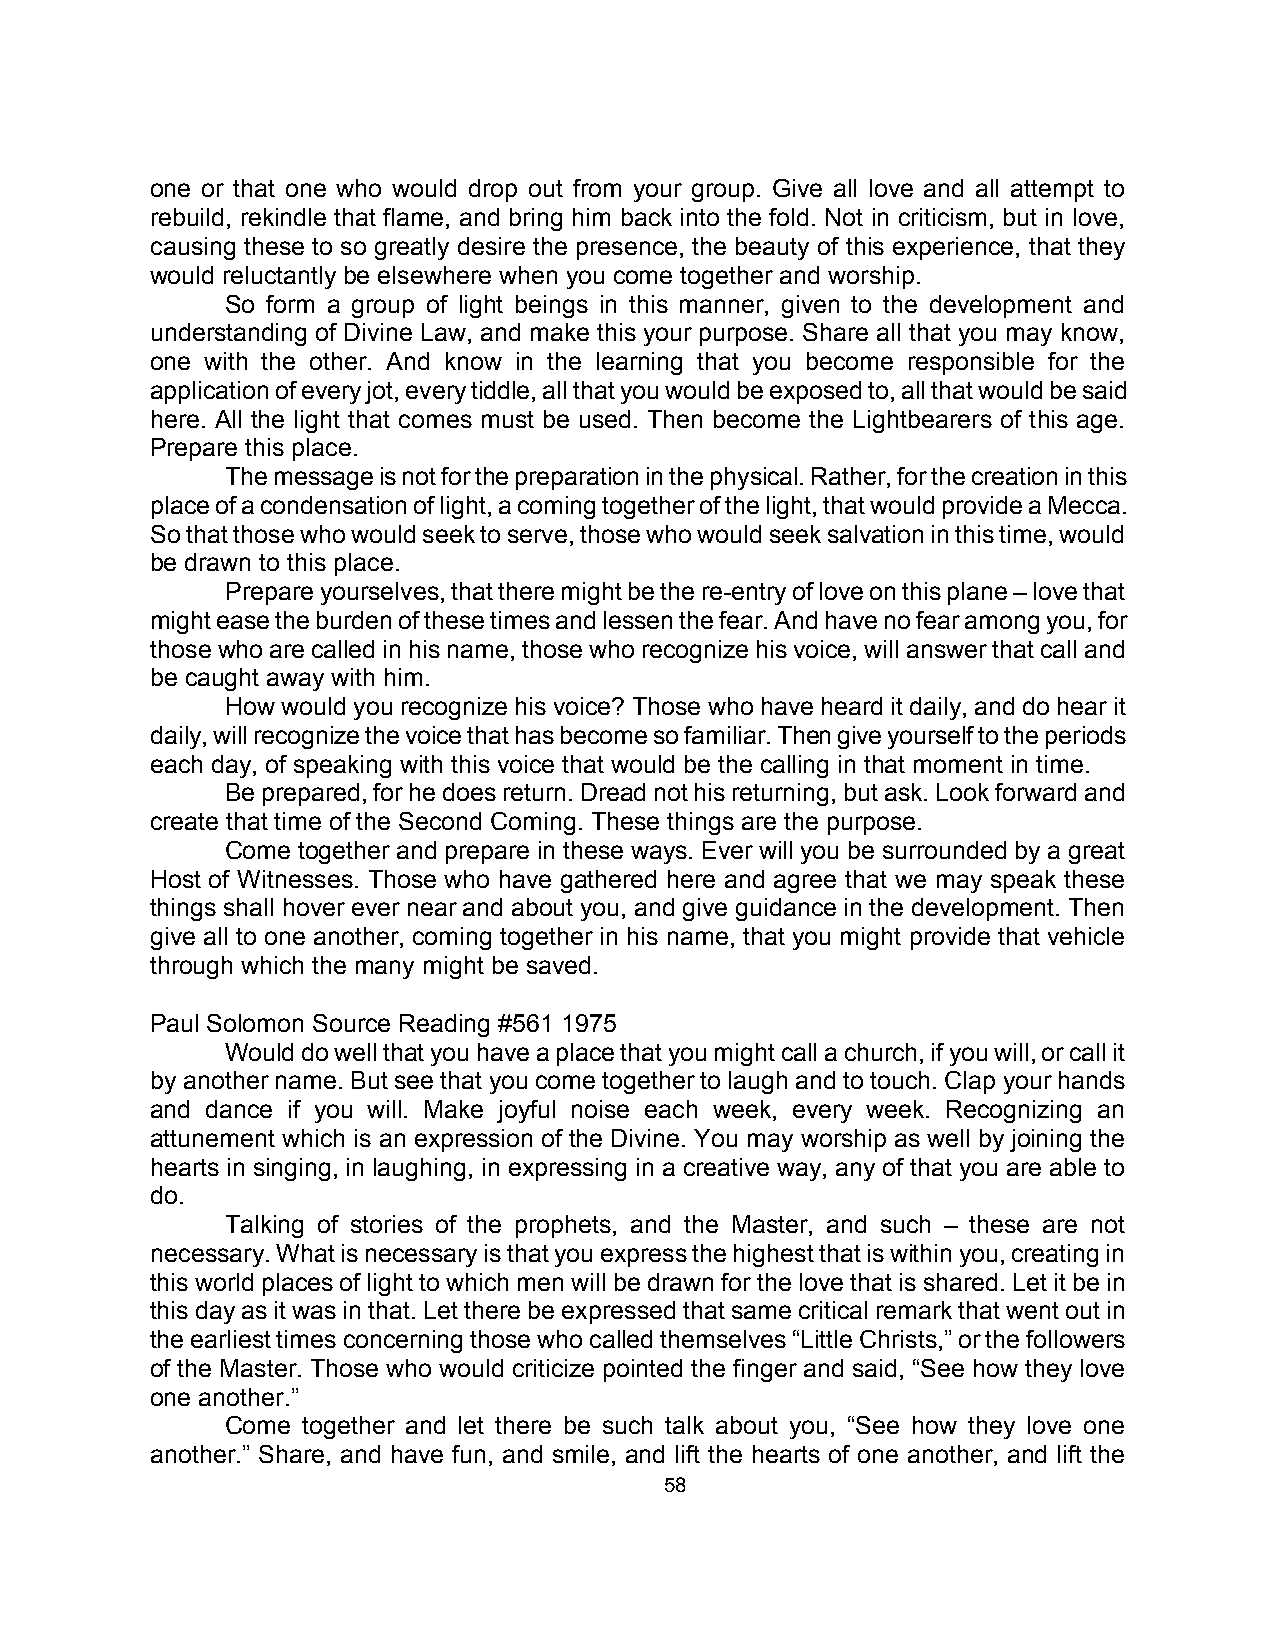
one or that one who would drop out from your group. Give all love and all attempt to
 rebuild, rekindle that flame, and bring him back into the fold. Not in criticism, but in love,
 causing these to so greatly desire the presence, the beauty of this experience, that they
 would reluctantly be elsewhere when you come together and worship.
 So form a group of light beings in this manner, given to the development and
 understanding of Divine Law, and make this your purpose. Share all that you may know,
 one with the other. And know in the learning that you become responsible for the
 application of every jot, every tiddle, all that you would be exposed to, all that would be said
 here. All the light that comes must be used. Then become the Lightbearers of this age.
 Prepare this place.
 The message is not for the preparation in the physical. Rather, for the creation in this
 place of a condensation of light, a coming together of the light, that would provide a Mecca.
 So that those who would seek to serve, those who would seek salvation in this time, would
 be drawn to this place.
 Prepare yourselves, that there might be the re-entry of love on this plane – love that
 might ease the burden of these times and lessen the fear. And have no fear among you, for
 those who are called in his name, those who recognize his voice, will answer that call and
 be caught away with him.
 How would you recognize his voice? Those who have heard it daily, and do hear it
 daily, will recognize the voice that has become so familiar. Then give yourself to the periods
 each day, of speaking with this voice that would be the calling in that moment in time.
 Be prepared, for he does return. Dread not his returning, but ask. Look forward and
 create that time of the Second Coming. These things are the purpose.
 Come together and prepare in these ways. Ever will you be surrounded by a great
 Host of Witnesses. Those who have gathered here and agree that we may speak these
 things shall hover ever near and about you, and give guidance in the development. Then
 give all to one another, coming together in his name, that you might provide that vehicle
 through which the many might be saved.
 Paul Solomon Source Reading #561 1975
 Would do well that you have a place that you might call a church, if you will, or call it
 by another name. But see that you come together to laugh and to touch. Clap your hands
 and dance if you will. Make joyful noise each week, every week. Recognizing an
 attunement which is an expression of the Divine. You may worship as well by joining the
 hearts in singing, in laughing, in expressing in a creative way, any of that you are able to
 do.
 Talking of stories of the prophets, and the Master, and such – these are not
 necessary. What is necessary is that you express the highest that is within you, creating in
 this world places of light to which men will be drawn for the love that is shared. Let it be in
 this day as it was in that. Let there be expressed that same critical remark that went out in
 the earliest times concerning those who called themselves “Little Christs,” or the followers
 of the Master. Those who would criticize pointed the finger and said, “See how they love
 one another.”
 Come together and let there be such talk about you, “See how they love one
 another.” Share, and have fun, and smile, and lift the hearts of one another, and lift the
 58